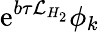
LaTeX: \mathrm{e}^{b\tau\mathcal{L}_{H_{2}}}\phi_{k}